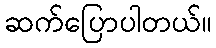
ဆက်ပြောပါတယ်။